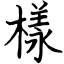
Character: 樣